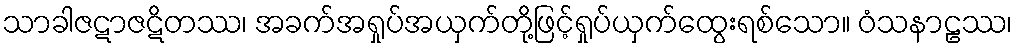
သာခါဇဋာဇဋိတဿ၊ အခက်အရှုပ်အယှက်တို့ဖြင့်ရှုပ်ယှက်ထွေးရစ်သော။ ဝံသနာဠဿ၊